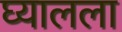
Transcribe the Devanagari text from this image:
घ्यालला